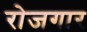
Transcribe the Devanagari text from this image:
राेजगार